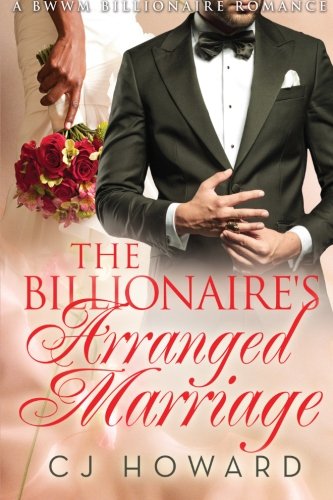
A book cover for The Billionaire's Arranged Marriage; CJ Howard; Romance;